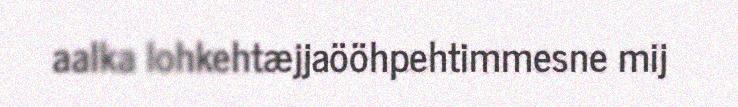
aalka lohkehtæjjaööhpehtimmesne mij